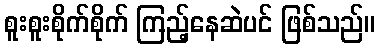
စူးစူးစိုက်စိုက် ကြည့်နေဆဲပင် ဖြစ်သည်။